Trukikaitis_Postimees, lk 17
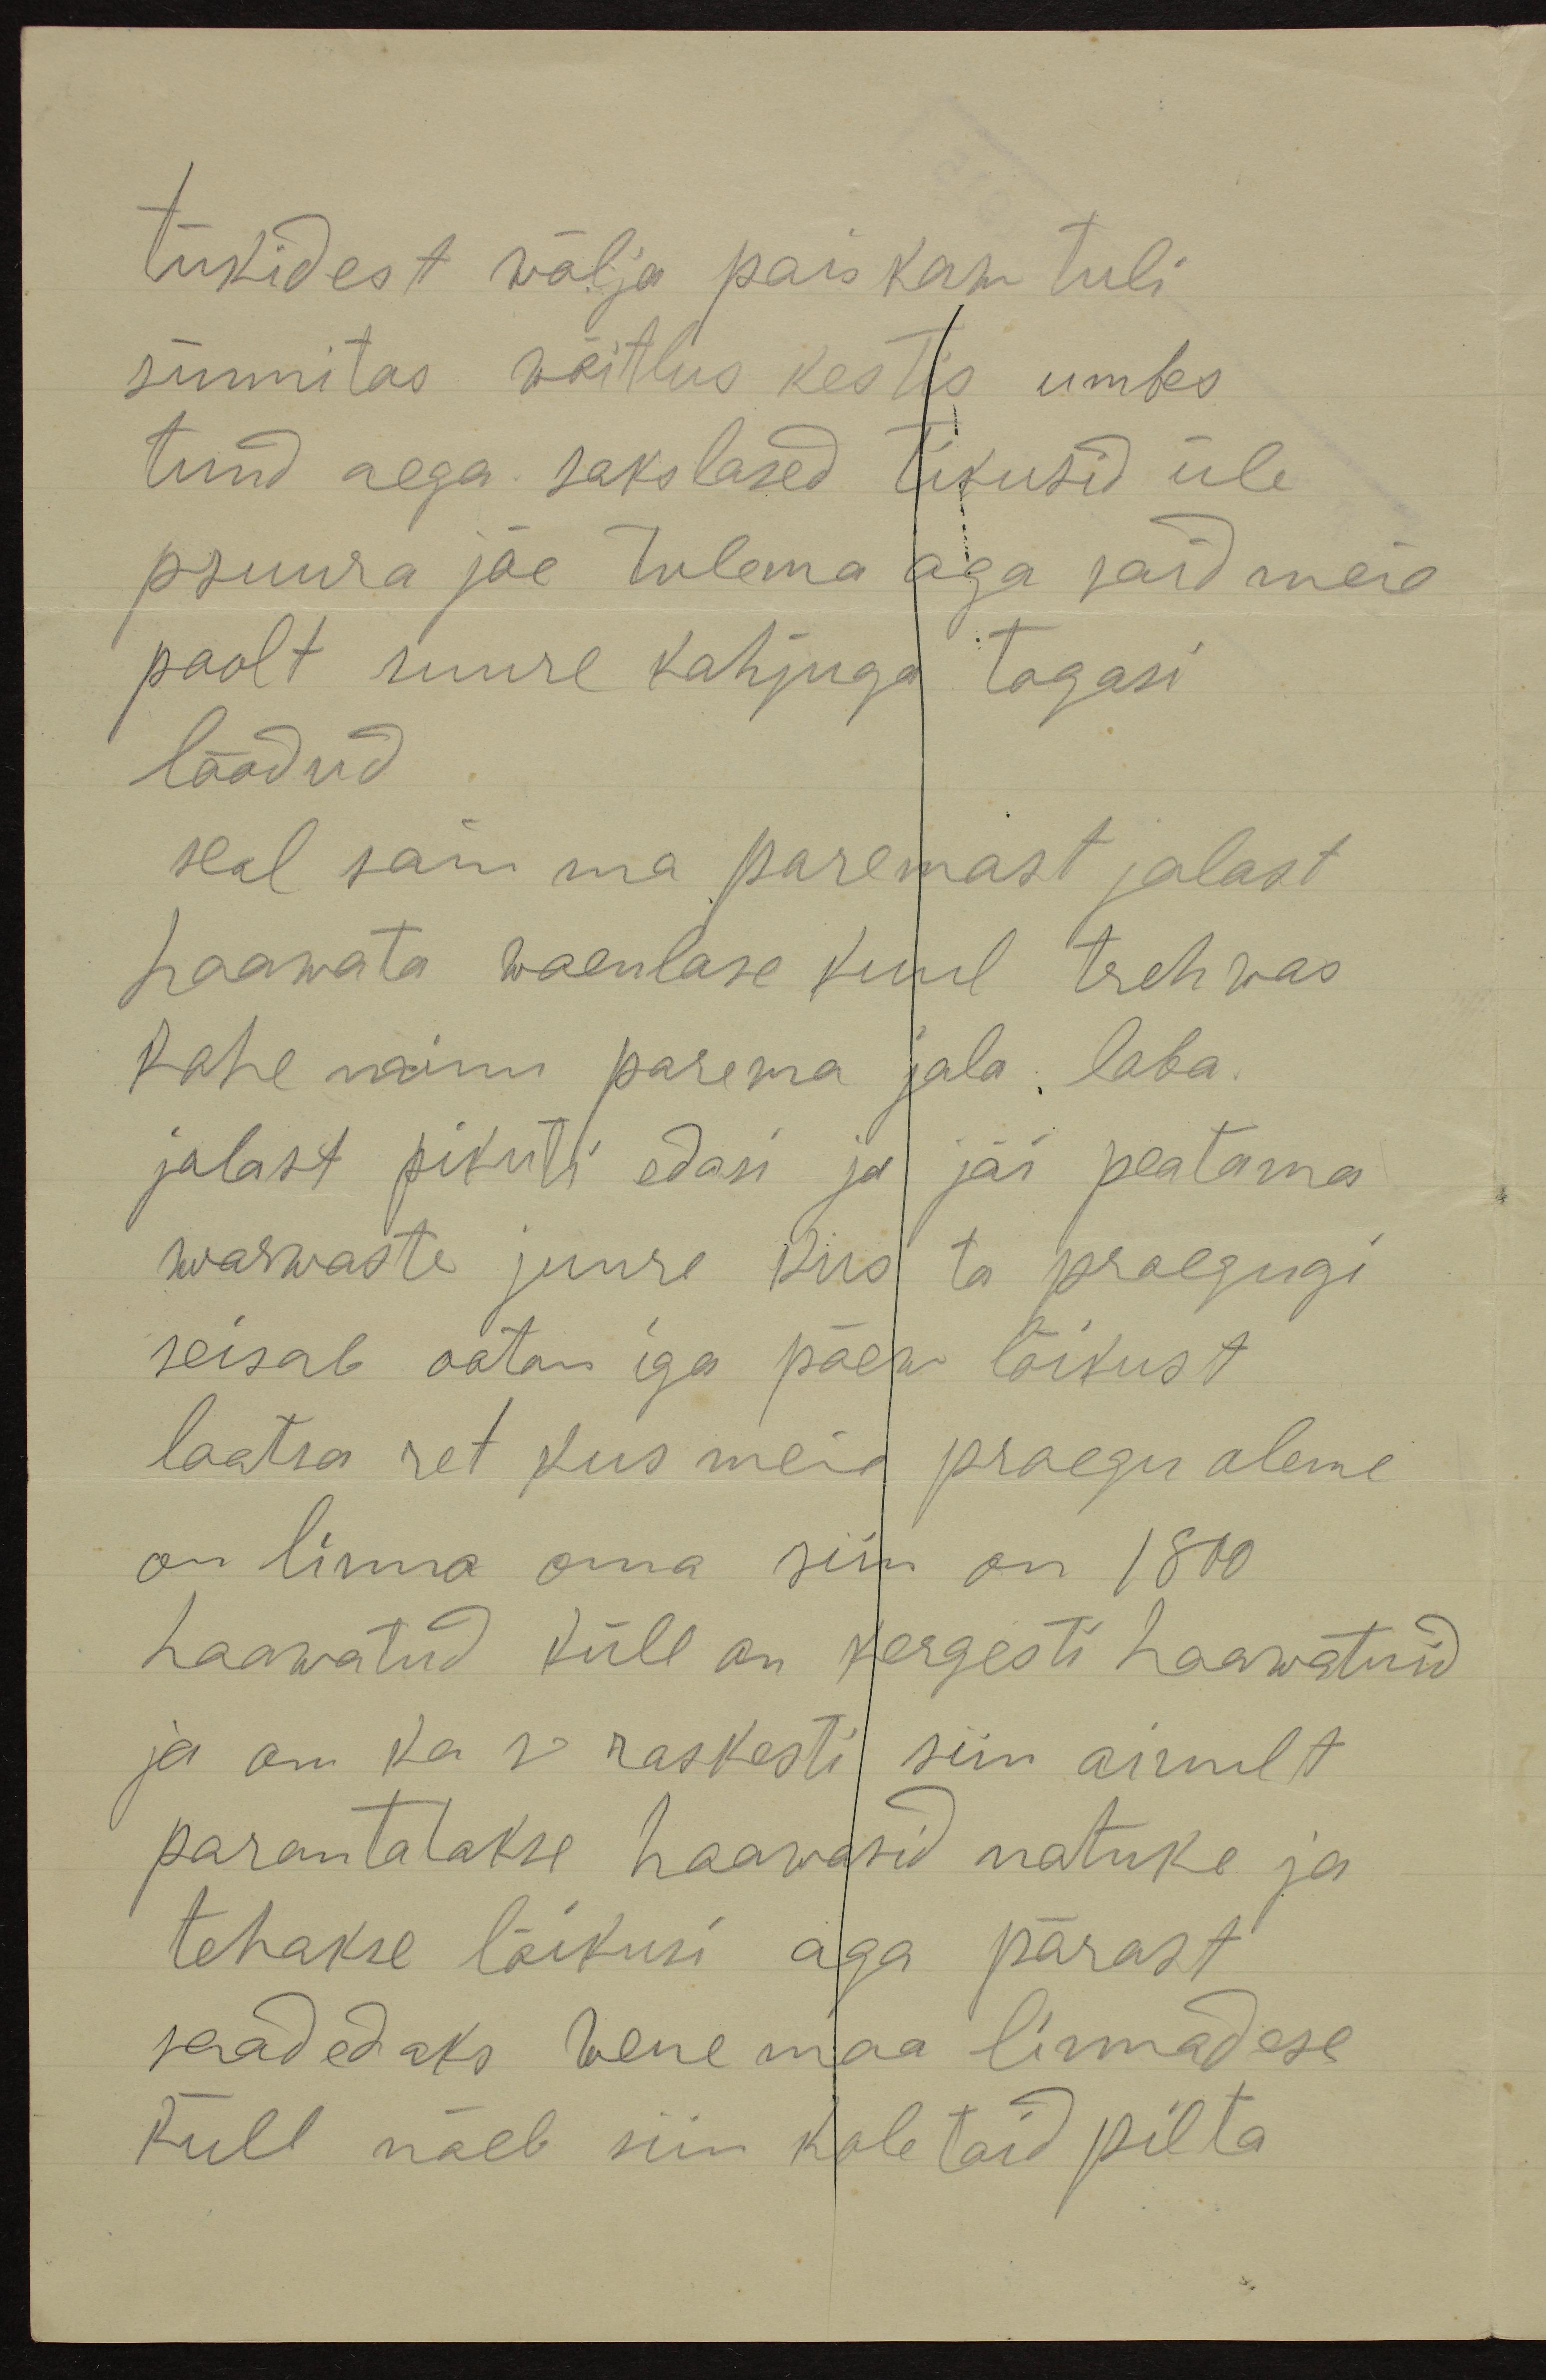
tükidest wälja paiskanu tuli
sünnitas võitlus kestis umbes
tund aega sakslased tikusid üle
psuura jõe tulema aga said meie
poolt suure kahjuga tagasi
löödud
seal sain ma paremast jalast
haawata waenlase kuul trehwas
kohe minu parema jala laba-
jalast pikuti edasi ja jäi peatama
warwaste juure kus ta praegugi
seisab ootan iga päew lõikust
laatsaret kus meie praegu oleme
on linna oma siin on 1800
haawatud küll on kergesti haawatuid
ja on ka v raskesti siin ainult
parantatakse haawasid natuke ja
tehakse lõikusi aga pärast
saadedaks wenemaa linnadese
Küll näeb siin koletaid pilta